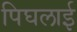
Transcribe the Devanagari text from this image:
पिघलाई